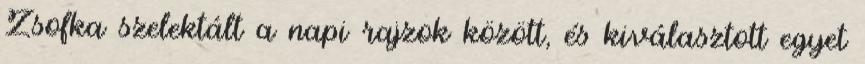
Zsofka szelektált a napi rajzok között, és kiválasztott egyet